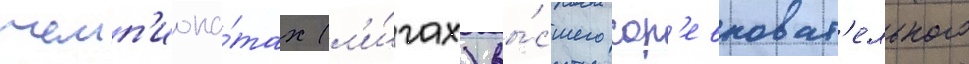
чемп'иона́тах (л'и́гах) вы́сшего сор'евноват'ельного